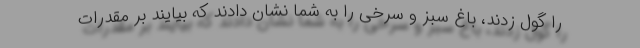
را گول زدند، باغ سبز و سرخی را به شما نشان دادند که بیایند بر مقدرات